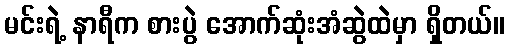
မင်းရဲ့ နာရီက စားပွဲ အောက်ဆုံးအံဆွဲထဲမှာ ရှိတယ်။